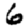
Digit: 6